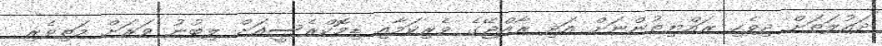
ދައުލަތަށް ދިވެހި ރައްޔިތުންނަށް އަދި ރާއްޖޭގެ ވެރިކަމާއި ޑިމޮކްރެސީއަށް ލިބުނު ވަރަށް މަތިވެރި